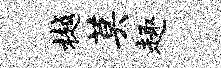
樾莫趣